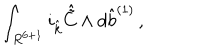
\int _ { R ^ { 6 + 1 } } i _ { \hat { k } } { \hat { \tilde { C } } } \wedge d { \hat { b } } ^ { ( 1 ) } \, ,